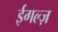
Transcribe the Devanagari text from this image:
ईगल्ज़